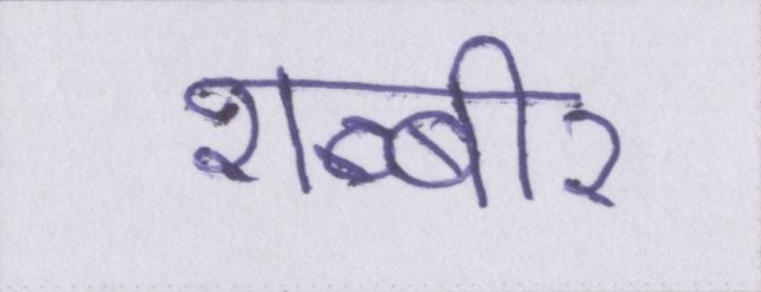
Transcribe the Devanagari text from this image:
शब्बीर